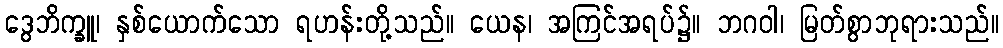
ဒွေဘိက္ခူ၊ နှစ်ယောက်သော ရဟန်းတို့သည်။ ယေန၊ အကြင်အရပ်၌။ ဘဂဝါ၊ မြတ်စွာဘုရားသည်။